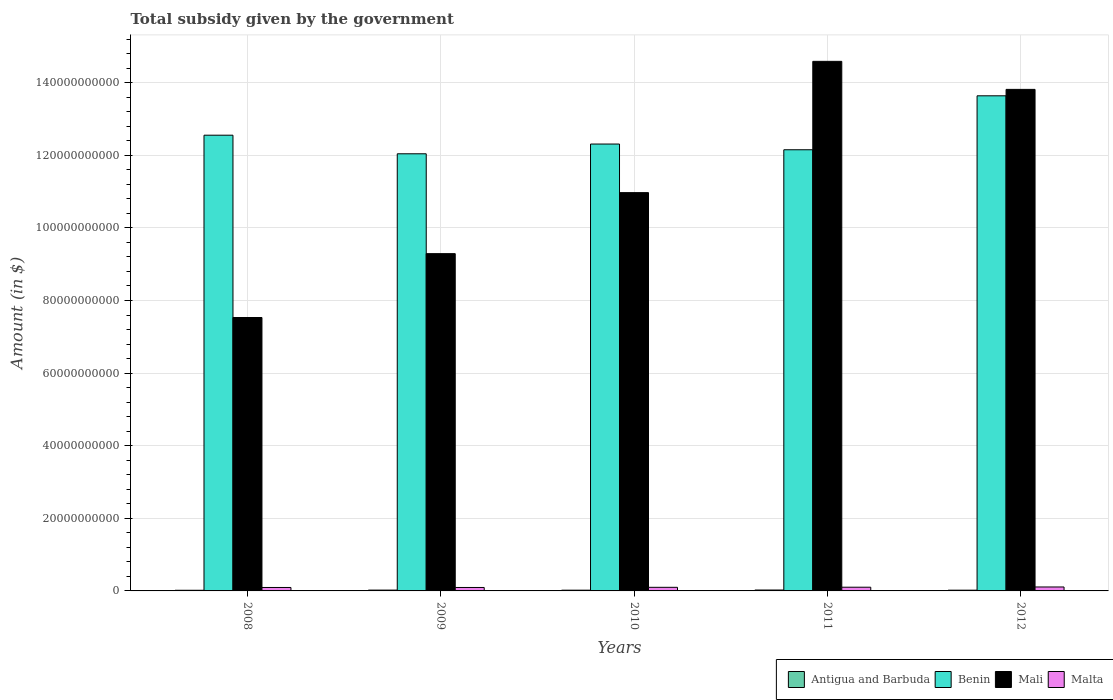
| Years | Antigua and Barbuda | Benin | Mali | Malta |
 | --- | --- | --- | --- | --- |
 | 2008 | 1.78e+08 | 1.26e+11 | 7.53e+10 | 9.47e+08 |
 | 2009 | 2.24e+08 | 1.2e+11 | 9.29e+10 | 9.47e+08 |
 | 2010 | 2.06e+08 | 1.23e+11 | 1.1e+11 | 9.9e+08 |
 | 2011 | 2.48e+08 | 1.22e+11 | 1.46e+11 | 1.02e+09 |
 | 2012 | 2.04e+08 | 1.36e+11 | 1.38e+11 | 1.09e+09 |